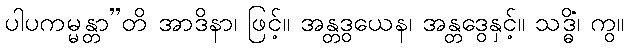
ပါပကမ္မန္တာ”တိ အာဒိနာ၊ ဖြင့်။ အန္တဒွယေန၊ အန္တဒွေနှင့်။ သဒ္ဓိံ၊ ကွ။